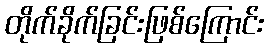
တိုက်ခိုက်ခြင်းဖြစ်ကြောင်း